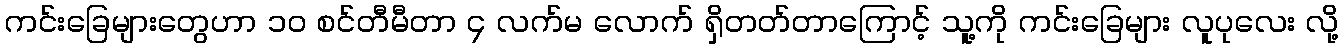
ကင်းခြေများတွေဟာ ၁၀ စင်တီမီတာ ၄ လက်မ လောက် ရှိတတ်တာကြောင့် သူ့ကို ကင်းခြေများ လူပုလေး လို့